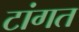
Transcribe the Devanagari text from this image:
टांगत